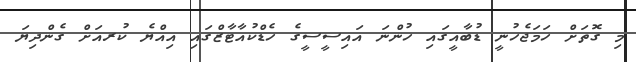
މި ގޮތަށް ހަމަޖެހުނީ ޑުބާއީގައި ހުންނަ އައިސީސީގެ ހެޑްކުއާޓާޒްގައި އިއްޔެ ކުރއަށް ގެންދިޔަ